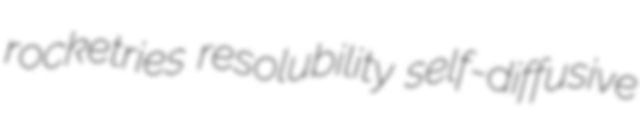
rocketries resolubility self-diffusive